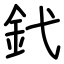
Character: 釴